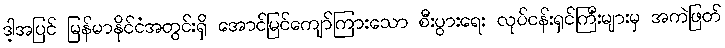
ဒါ့အပြင် မြန်မာနိုင်ငံအတွင်းရှိ အောင်မြင်ကျော်ကြားသော စီးပွားရေး လုပ်ငန်းရှင်ကြီးများမှ အကဲဖြတ်